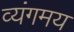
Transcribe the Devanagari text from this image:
व्यंगमय